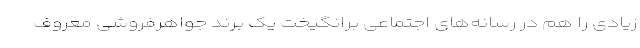
زیادی را هم در رسانه‌های اجتماعی برانگیخت یک برند جواهرفروشی معروف